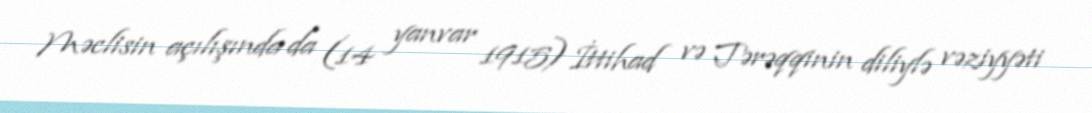
Məclisin açılışında da (14 yanvar 1915) İttihad və Tərəqqinin diliylə vəziyyəti